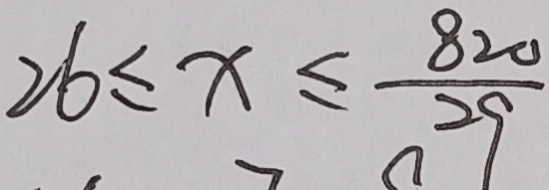
2 6 \leq x \leq \frac { 8 2 0 } { 2 9 }